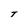
Character: T